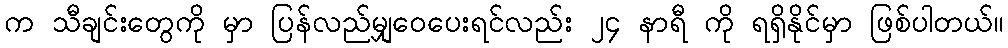
က သီချင်းတွေကို မှာ ပြန်လည်မျှဝေပေးရင်လည်း ၂၄ နာရီ ကို ရရှိနိုင်မှာ ဖြစ်ပါတယ်။